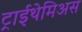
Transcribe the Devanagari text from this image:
ट्राईथेमिअस